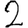
Digit: 2